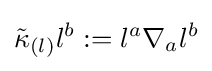
{\tilde {\kappa }}_{(l)}l^{b}:=l^{a}\nabla _{a}l^{b}